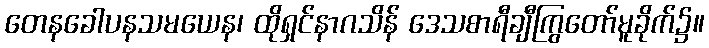
တေနခေါပနသမယေန၊ ထိုရှင်နာဂသိန် ဒေသစာရီချီကြွတော်မူခိုက်၌။